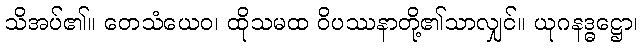
သိအပ်၏။ တေသံယေဝ၊ ထိုသမထ ဝိပဿနာတို့၏သာလျှင်။ ယုဂနဒ္ဓဋ္ဌော၊